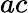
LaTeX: ac